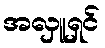
အလှူရှင်